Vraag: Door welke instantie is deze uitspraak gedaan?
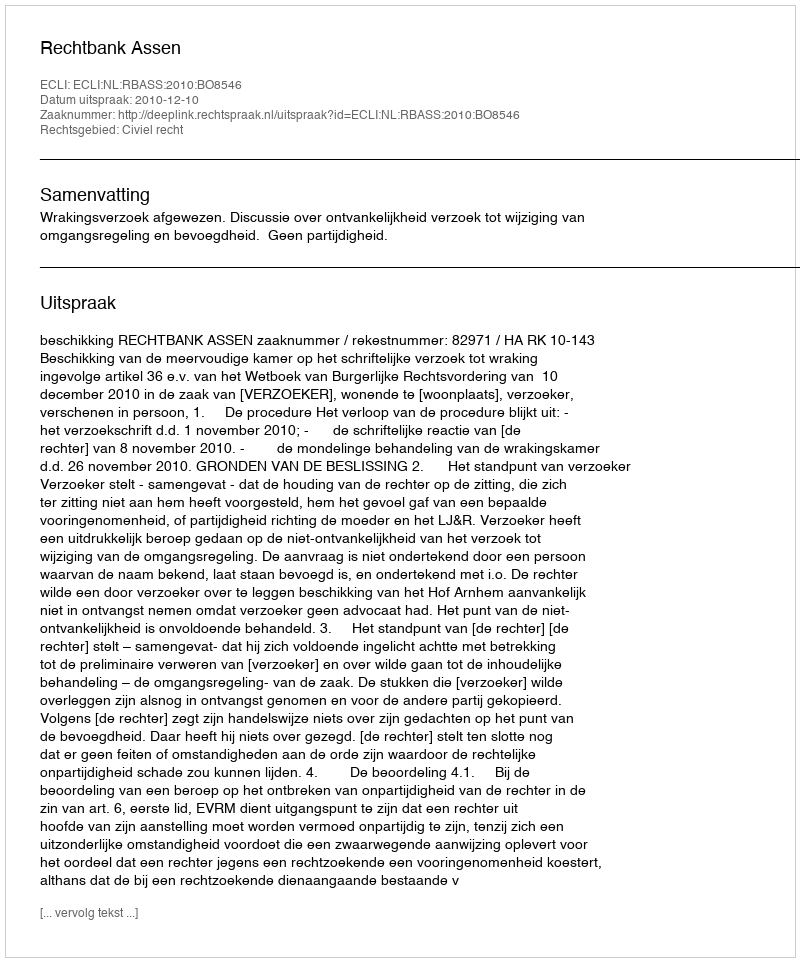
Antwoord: Rechtbank Assen